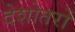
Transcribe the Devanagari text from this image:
देशोतरों